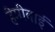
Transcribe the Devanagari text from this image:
हेमीबाई